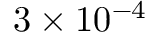
3 \times 1 0 ^ { - 4 }